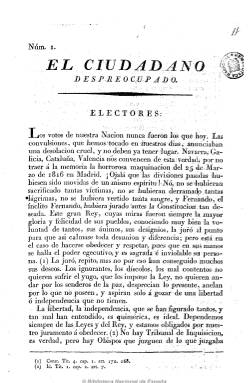
Título: El Ciudadano despreocupado
Otros títulos: El Despreocupado, <n. 9>
Colección: Periódicos anteriores a 1850
Ámbito geográfico: Sevilla
Lugar de publicación: Sevilla
Fechas: 01/01/1820-31/12/1823

Periódico cuya autoría es atribuida al eclesiástico absolutista sevillano José María Rodríguez Romero (1753-1826), del que se conocen diez números sin fechar, aunque editados sin ninguna periodicidad fija, desde finales de 1820 hasta mediados de 1823, que salieron de la imprenta de María del Carmen Padrino, los últimos “con licencia”. A Rodríguez, que había sido ya uno de los principales conspiradores serviles en la Sevilla de la guerra de la independencia, se le atribuye la propiedad y redacción de este periódico que funda para atacar e instigar contra las ideas e instituciones liberales durante el trienio. Al mismo tiempo que es capellán real de San Fernando dará rienda suelta a unos extensos artículos doctrinales y políticos, en números que van desde las cuatro a las veinte páginas, en donde no dudará asimismo en atacar a la prensa liberal de su ciudad, aunque esta sea templada, como es el caso de El argos o Revisor andaluz. Por su parte, la Junta de Censura de la provincia llegará a denunciar su número seis, cuya calificación será contestada en los posteriores números por su redactor.

No parece acertada la opinión de Chaves Rey de que “no tuvo gran circulación”, a tenor de las numerosas reimpresiones que fueron hechas de El ciudadano despreocupado en diferentes ciudades españolas, por los denominados “amantes” de la “religión verdadera” y como defensor de la instituciones eclesiásticas católicas y su clero regular. Ya el primer número de la colección de la Biblioteca Nacional es una reimpresión de Padrino, se llega a señalar que también es impreso en Córdoba, y se conocen reimpresiones de este título en Murcia, Orihuela, Valencia y Toledo.

También destaca la impugnación de este periódico a través de varios impresos de 1820. Se conoce una hoja suelta titulada El informador desapasionado del segundo papel de El ciudadano despreocupado; un impreso madrileño de Francisco Martínez Dávila titulado Examen del papel titulado El ciudadano despreocupado, realizado por la Sociedad Patriótica de Amantes del Orden Constitucional, así como otro impreso madrileño del mismo año 1820 titulado Paños calientes al autor del papel titulado El ciudadano despreocupado, en donde se dice de este periódico: “aplaudido por los serviles, despreciado por los liberales, elogiado por los tontos, impugnado por los bien intencionados, bostezado por los inteligentes, cacareado por los frailes, aplaudido por los canónigos, victoreado por los pancistas, distribuido por todas partes, comprado por los devotos, y silbado por las sociedades patrióticas”.